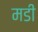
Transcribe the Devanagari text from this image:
मडी